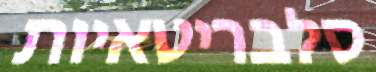
סלבריטאיות